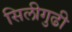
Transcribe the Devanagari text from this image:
सिलीगुढी